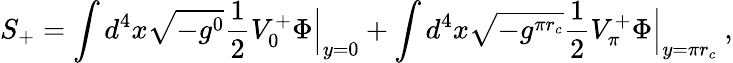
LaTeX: S_{+}=\int d^{4}x\sqrt{-g^{0}}\frac{1}{2}V_{0}^{+}\Phi\Bigr|_{y=0}+\int d^{4}x\sqrt{-g^{\pi r_{c}}}\frac{1}{2}V_{\pi}^{+}\Phi\Bigr|_{y=\pi r_{c}}\ ,